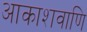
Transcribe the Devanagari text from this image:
आकाशवाणि